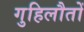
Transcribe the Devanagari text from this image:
गुहिलौतों